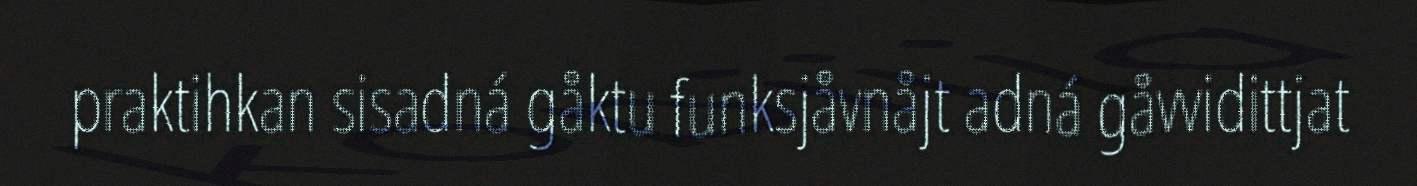
praktihkan sisadná gåktu funksjåvnåjt adná gåvvidittjat